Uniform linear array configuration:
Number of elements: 24
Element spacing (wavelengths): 0.75
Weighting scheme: binomial
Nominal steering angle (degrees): -30
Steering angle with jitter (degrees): -31.526
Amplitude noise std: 0.05
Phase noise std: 0.05

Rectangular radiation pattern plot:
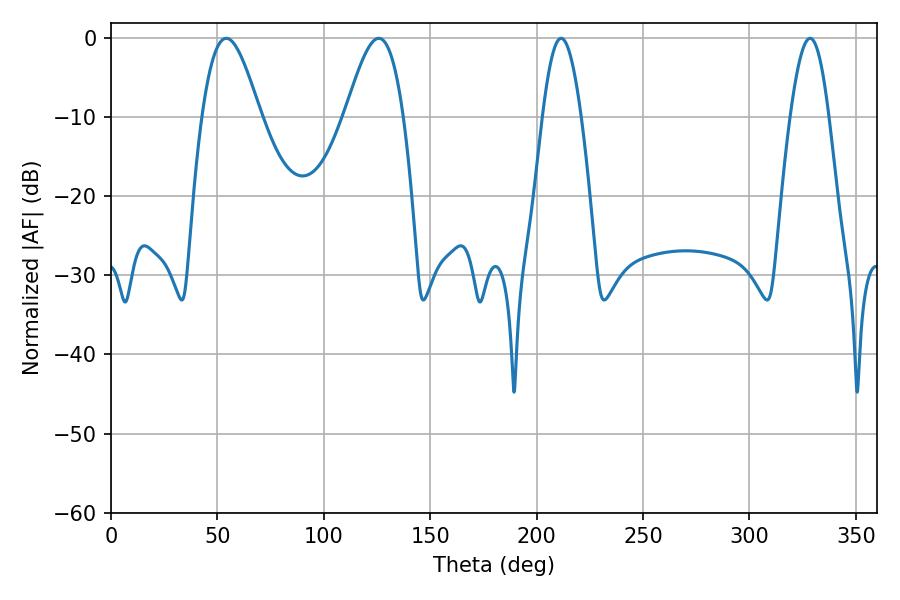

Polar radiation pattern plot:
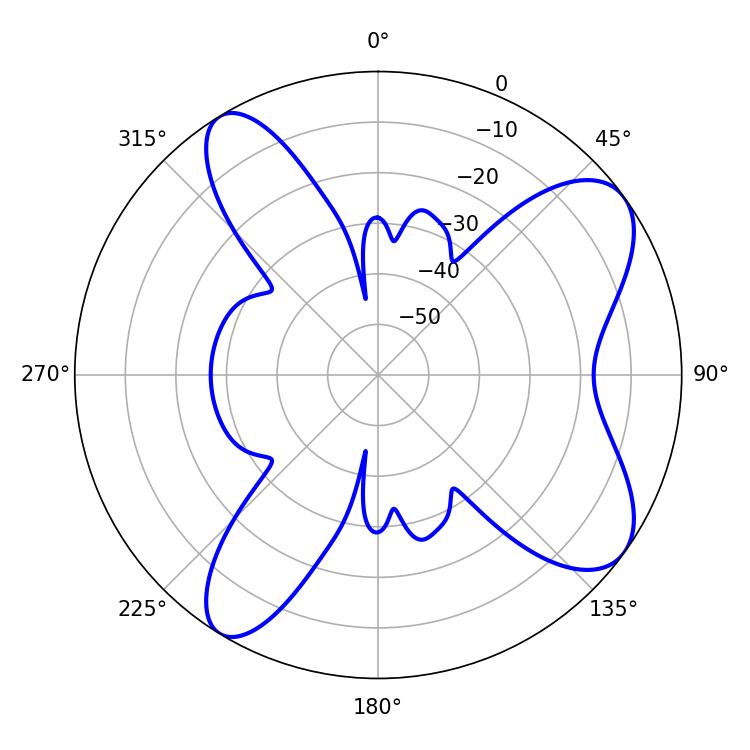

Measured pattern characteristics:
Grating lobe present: TRUE
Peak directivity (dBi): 8.569
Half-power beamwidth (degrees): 9.9
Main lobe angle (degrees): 211.5